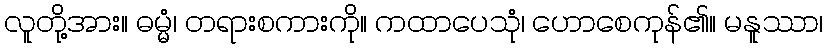
လူတို့အား။ ဓမ္မံ၊ တရားစကားကို။ ကထာပေသုံ၊ ဟောစေကုန်၏။ မနူဿာ၊